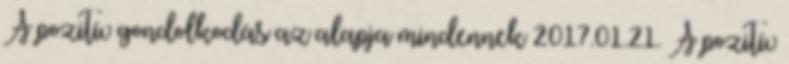
A pozitív gondolkodás az alapja mindennek 2017.01.21. A pozitív